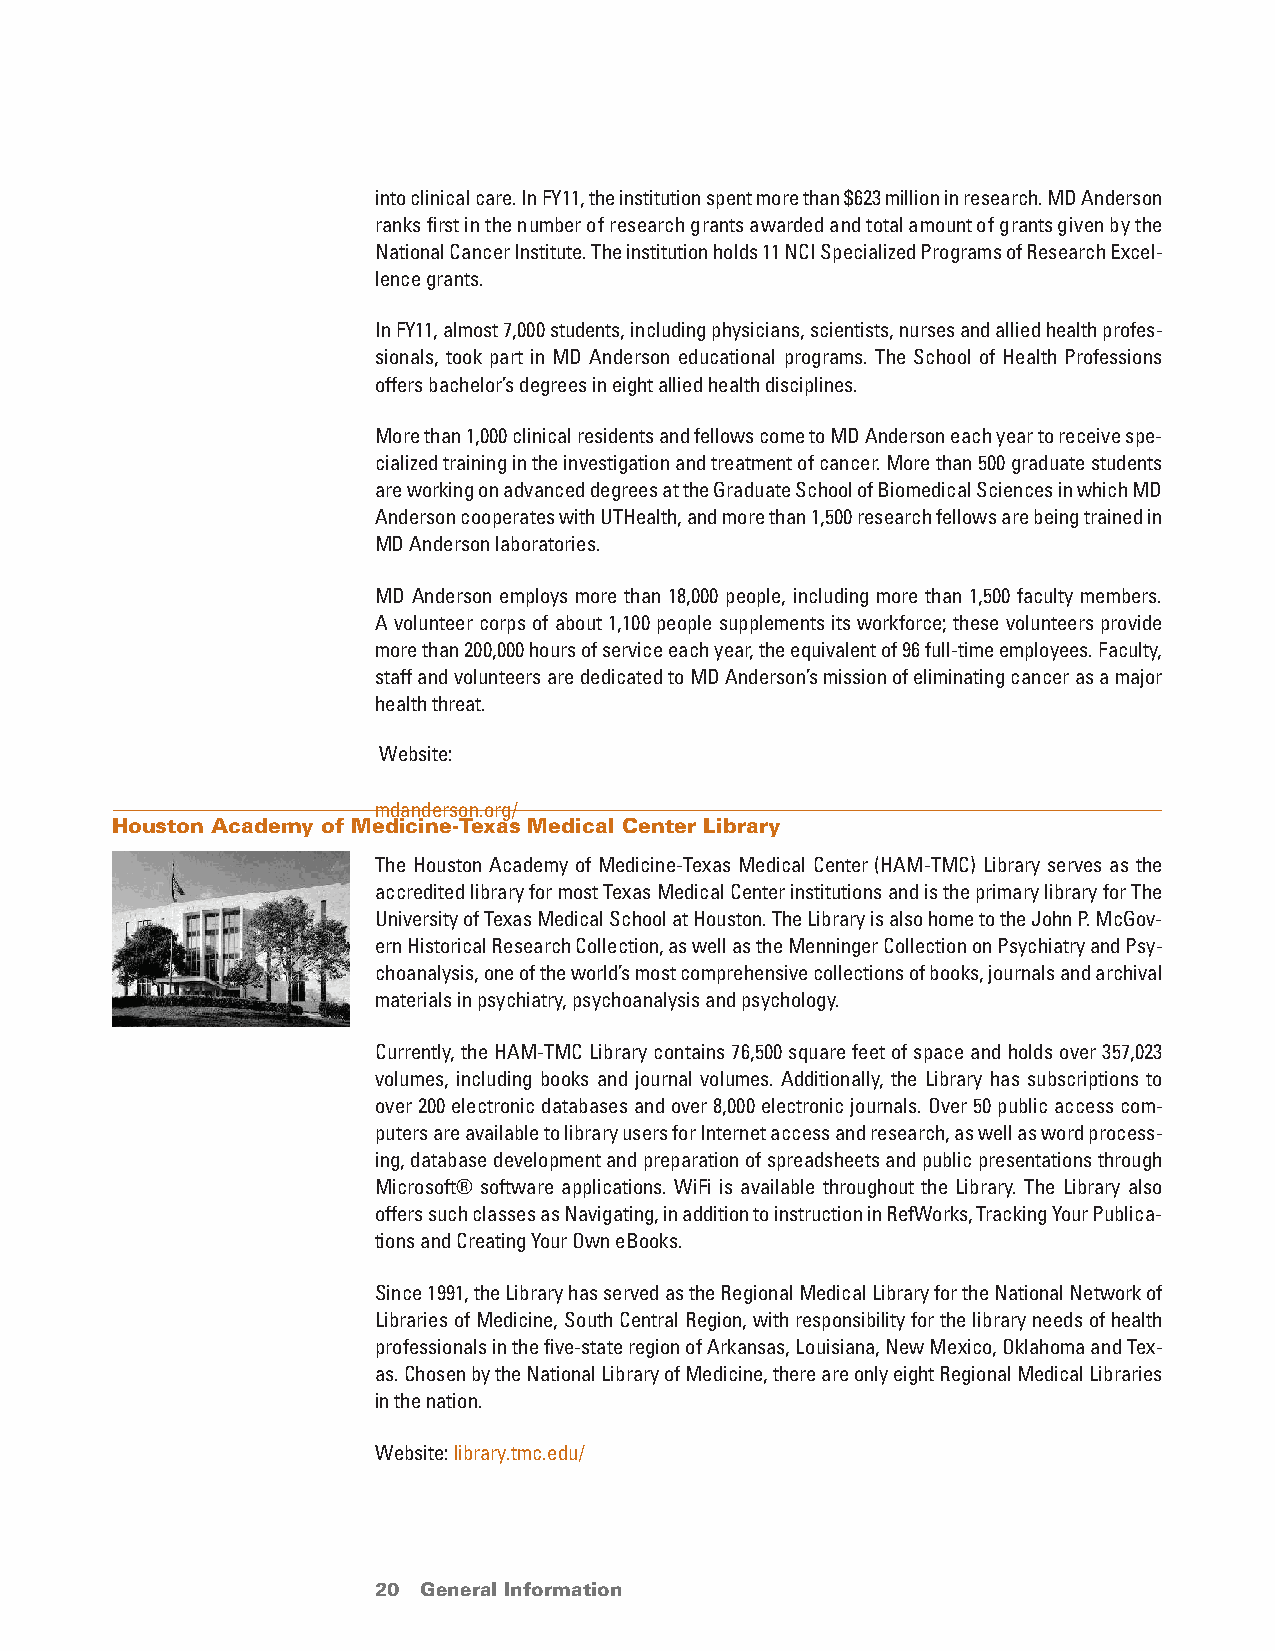
into clinical care. In FY11, the institution spent more than $623 million in research. MD Anderson
 ranks first in the number of research grants awarded and total amount of grants given by the
 National Cancer Institute. The institution holds 11 NCI Specialized Programs of Research Excel-
 lence grants.
 In FY11, almost 7,000 students, including physicians, scientists, nurses and allied health profes-
 sionals, took part in MD Anderson educational programs. The School of Health Professions
 offers bachelor’s degrees in eight allied health disciplines.
 More than 1,000 clinical residents and fellows come to MD Anderson each year to receive spe-
 cialized training in the investigation and treatment of cancer. More than 500 graduate students
 are working on advanced degrees at the Graduate School of Biomedical Sciences in which MD
 Anderson cooperates with UTHealth, and more than 1,500 research fellows are being trained in
 MD Anderson laboratories.
 MD Anderson employs more than 18,000 people, including more than 1,500 faculty members.
 A volunteer corps of about 1,100 people supplements its workforce; these volunteers provide
 more than 200,000 hours of service each year, the equivalent of 96 full-time employees. Faculty,
 staff and volunteers are dedicated to MD Anderson’s mission of eliminating cancer as a major
 health threat.
 Website:
 mdanderson.org/
 Houston Academy of Medicine-Texas Medical Center Library
 The Houston Academy of Medicine-Texas Medical Center (HAM-TMC) Library serves as the
 accredited library for most Texas Medical Center institutions and is the primary library for The
 University of Texas Medical School at Houston. The Library is also home to the John P. McGov-
 ern Historical Research Collection, as well as the Menninger Collection on Psychiatry and Psy-
 choanalysis, one of the world’s most comprehensive collections of books, journals and archival
 materials in psychiatry, psychoanalysis and psychology.
 Currently, the HAM-TMC Library contains 76,500 square feet of space and holds over 357,023
 volumes, including books and journal volumes. Additionally, the Library has subscriptions to
 over 200 electronic databases and over 8,000 electronic journals. Over 50 public access com-
 puters are available to library users for Internet access and research, as well as word process-
 ing, database development and preparation of spreadsheets and public presentations through
 Microsoft® software applications. WiFi is available throughout the Library. The Library also
 offers such classes as Navigating, in addition to instruction in RefWorks, Tracking Your Publica-
 tions and Creating Your Own eBooks.
 Since 1991, the Library has served as the Regional Medical Library for the National Network of
 Libraries of Medicine, South Central Region, with responsibility for the library needs of health
 professionals in the five-state region of Arkansas, Louisiana, New Mexico, Oklahoma and Tex-
 as. Chosen by the National Library of Medicine, there are only eight Regional Medical Libraries
 in the nation.
 Website: library.tmc.edu/
 20 General Information                 return to Table of Contents